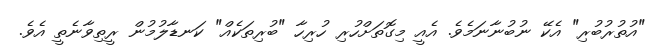
"އުތުރުބުރި" އެކޭ ނުބުނާނަމެވެ. އެއީ މިގޮތަށްހުރި ހުރިހާ "ބުރިތަކެއް" ކަނޑާލުމުން ރީތިވާނެތީ އެވެ.